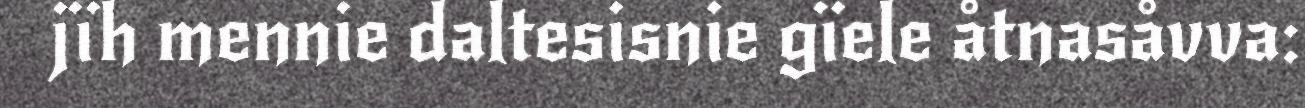
jïh mennie daltesisnie gïele åtnasåvva: